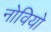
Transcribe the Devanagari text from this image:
नोवियो